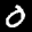
Label: 0